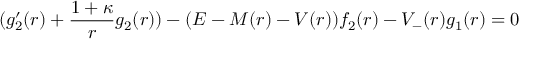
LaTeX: ( g _ { 2 } ^ { \prime } ( r ) + \frac { 1 + \kappa } { r } g _ { 2 } ( r ) ) - ( E - M ( r ) - V ( r ) ) f _ { 2 } ( r ) - V _ { - } ( r ) g _ { 1 } ( r ) = 0